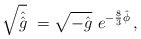
\begin{align*}\sqrt{\hat{\hat{g}}}\ =\sqrt{-\hat{g}}\ e^{-\frac{8}{3}\hat{\phi}}\, ,\end{align*}